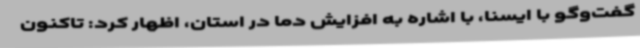
گفت‌وگو با ایسنا، با اشاره به افزایش دما در استان، اظهار کرد: تاکنون